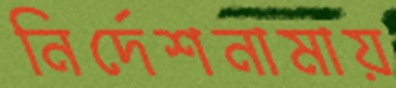
নির্দেশনামায়